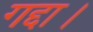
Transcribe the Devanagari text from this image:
गद्दा।